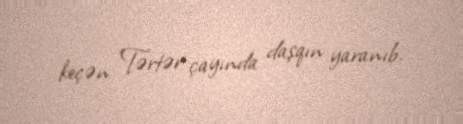
keçən Tərtər çayında daşqın yaranıb.